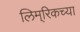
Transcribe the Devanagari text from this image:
लिम्‌रिकच्या